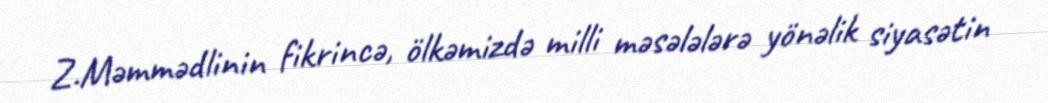
Z.Məmmədlinin fikrincə, ölkəmizdə milli məsələlərə yönəlik siyasətin